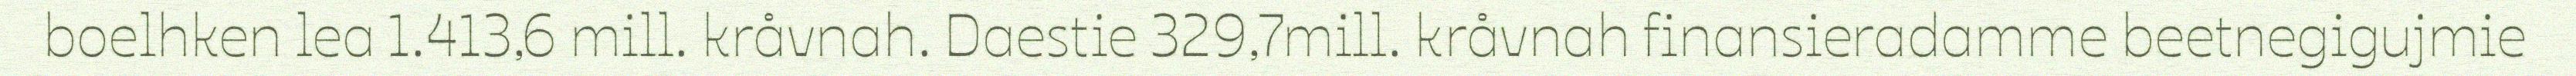
boelhken lea 1.413,6 mill. kråvnah. Daestie 329,7mill. kråvnah finansieradamme beetnegigujmie